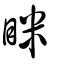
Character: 眯